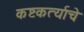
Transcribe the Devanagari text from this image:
कष्टकर्त्याचे